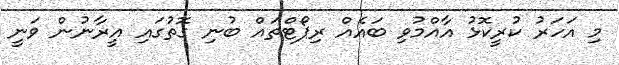
މި އަހަރު ކުރީކޮޅު އާއްމުވި ބައެއް ރިޕޯޓްތައް ބުނި ގޮތުގައި އީރާނުން ވަނީ